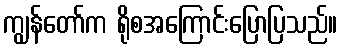
ကျွန်တော်က ရိုစအကြောင်းပြောပြသည်။